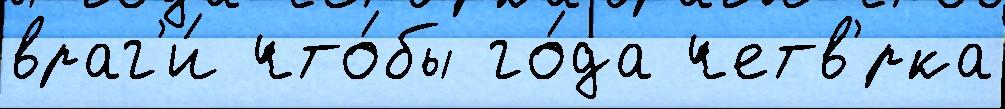
враг'и́ что́бы го́да четв'́рка